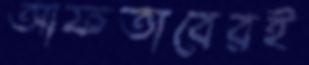
আফতাবেরই